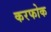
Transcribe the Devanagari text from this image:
करफोक